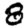
Digit: 8